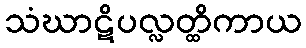
သံဃာဋိပလ္လတ္ထိကာယ